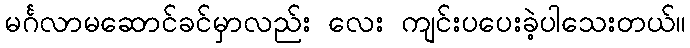
မင်္ဂလာမဆောင်ခင်မှာလည်း လေး ကျင်းပပေးခဲ့ပါသေးတယ်။